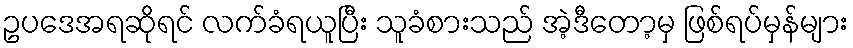
ဥပဒေအရဆိုရင် လက်ခံရယူပြီး သူခံစားသည် အဲ့ဒီတော့မှ ဖြစ်ရပ်မှန်များ